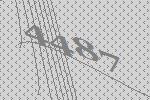
4487